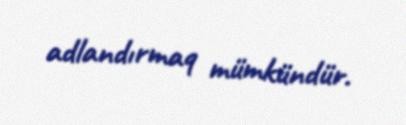
adlandırmaq mümkündür.